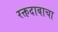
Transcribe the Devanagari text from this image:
रक्तदाबाचा